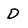
Character: D